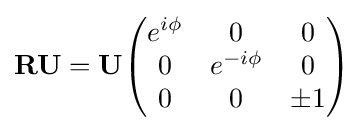
\mathbf {R} \mathbf {U} =\mathbf {U} {\begin{pmatrix}e^{i\phi }&0&0\\0&e^{-i\phi }&0\\0&0&\pm 1\\\end{pmatrix}}